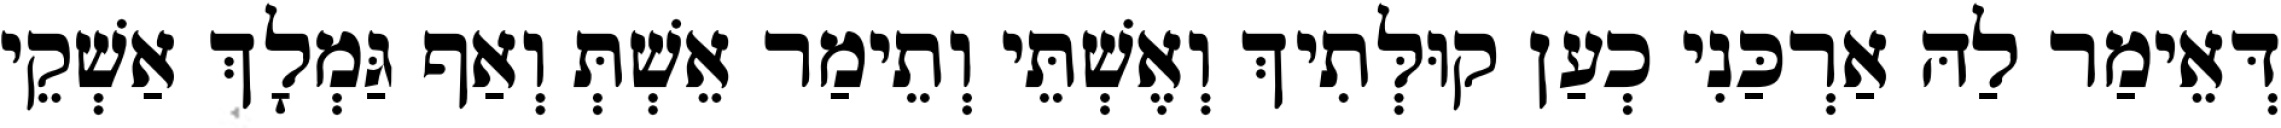
דְּאֵימַר לַהּ אַרְכַּנִי כְעַן קוּלְּתִיךְ וְאֶשְׁתֵּי וְתֵימַר אֵשְׁתְּ וְאַף גַּמְלָךְ אַשְׁקֵי